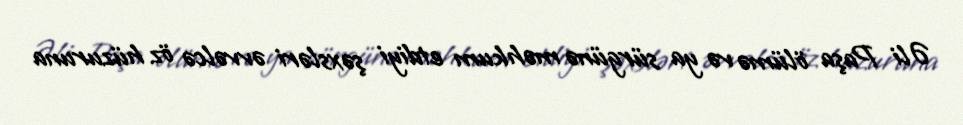
Əli Paşa ölümə və ya sürgünə məhkum etdiyi şəxsləri əvvəlcə öz hüzuruna